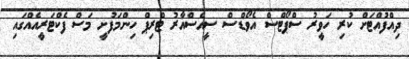
ދިއްފުއްޓަށް ކުރި ހަވީރު ސްޕޯޓްސް އެވޯޑްސް ސީއެސްއާރު ޓްރިޕް ހިންމަފުށީ މަސް ފެކްޓަރީއެއްގައި